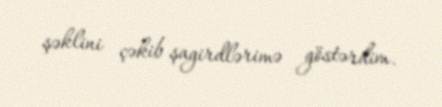
şəklini çəkib şagirdlərimə göstərdim.